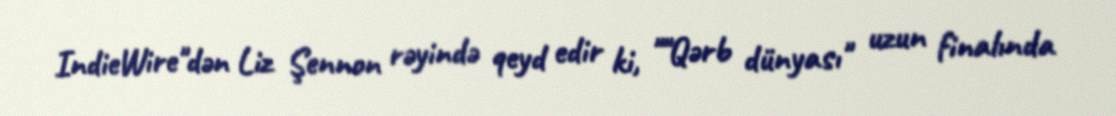
IndieWire"dən Liz Şennon rəyində qeyd edir ki, ""Qərb dünyası" uzun finalında